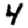
Digit: 4